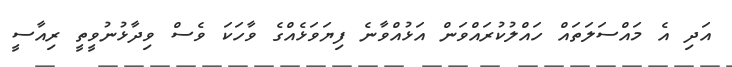
އަދި އެ މައްސަލަތައް ހައްލުކުރައްވަން އަޅުއްވާނެ ފިޔަވަޅެއްގެ ވާހަކަ ވެސް ވިދާޅުނުވީތީ ރިއާސީ